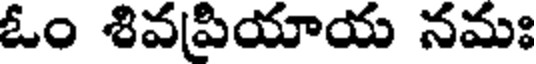
ఓం శివప్రియాయ నమః